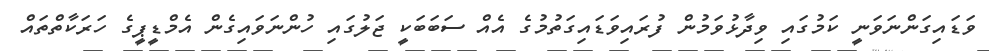
ވަޑައިގަންނަވަނީ ކަމުގައި ވިދާޅުވަމުން ފުރައިވަޑައިގަތުމުގެ އެއް ސަބަބަކީ ޖަލުގައި ހުންނަވައިގެން އެމްޑީޕީގެ ހަރަކާތްތައް